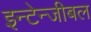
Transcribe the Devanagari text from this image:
इन्टेन्जीबल